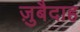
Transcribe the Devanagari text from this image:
ज़ुबैदाह